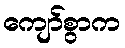
ကျော်စွာက